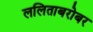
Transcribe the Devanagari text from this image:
ललिताबरोबर